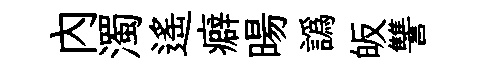
內濁遥癖暘譌皈讐